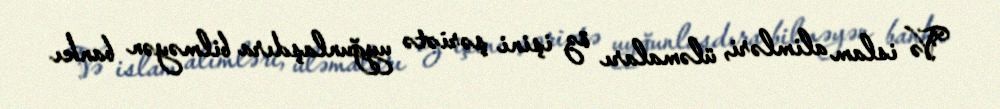
Və islam alimləri, üləmaları öz işini şəriətə uyğunlaşdıra bilməyən bankı